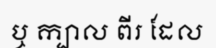
ឬ ក្បាល ពីរ ដែល